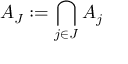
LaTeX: A _ { J } : = \bigcap _ { j \in J } A _ { j }